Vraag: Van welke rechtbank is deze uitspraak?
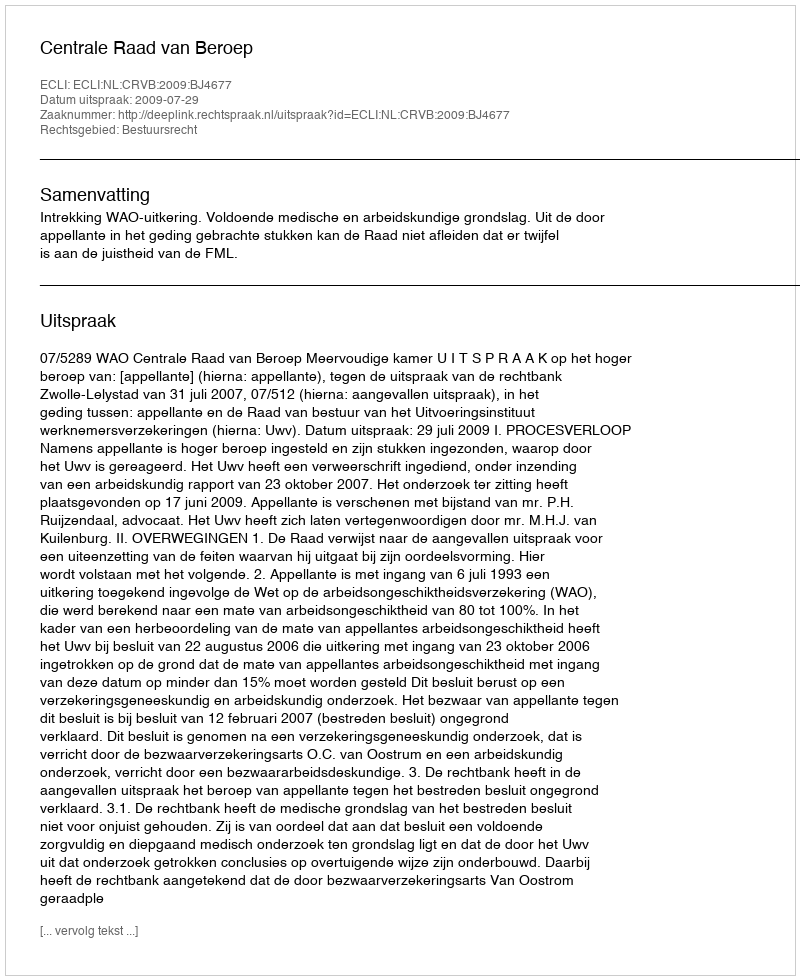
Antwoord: Centrale Raad van Beroep